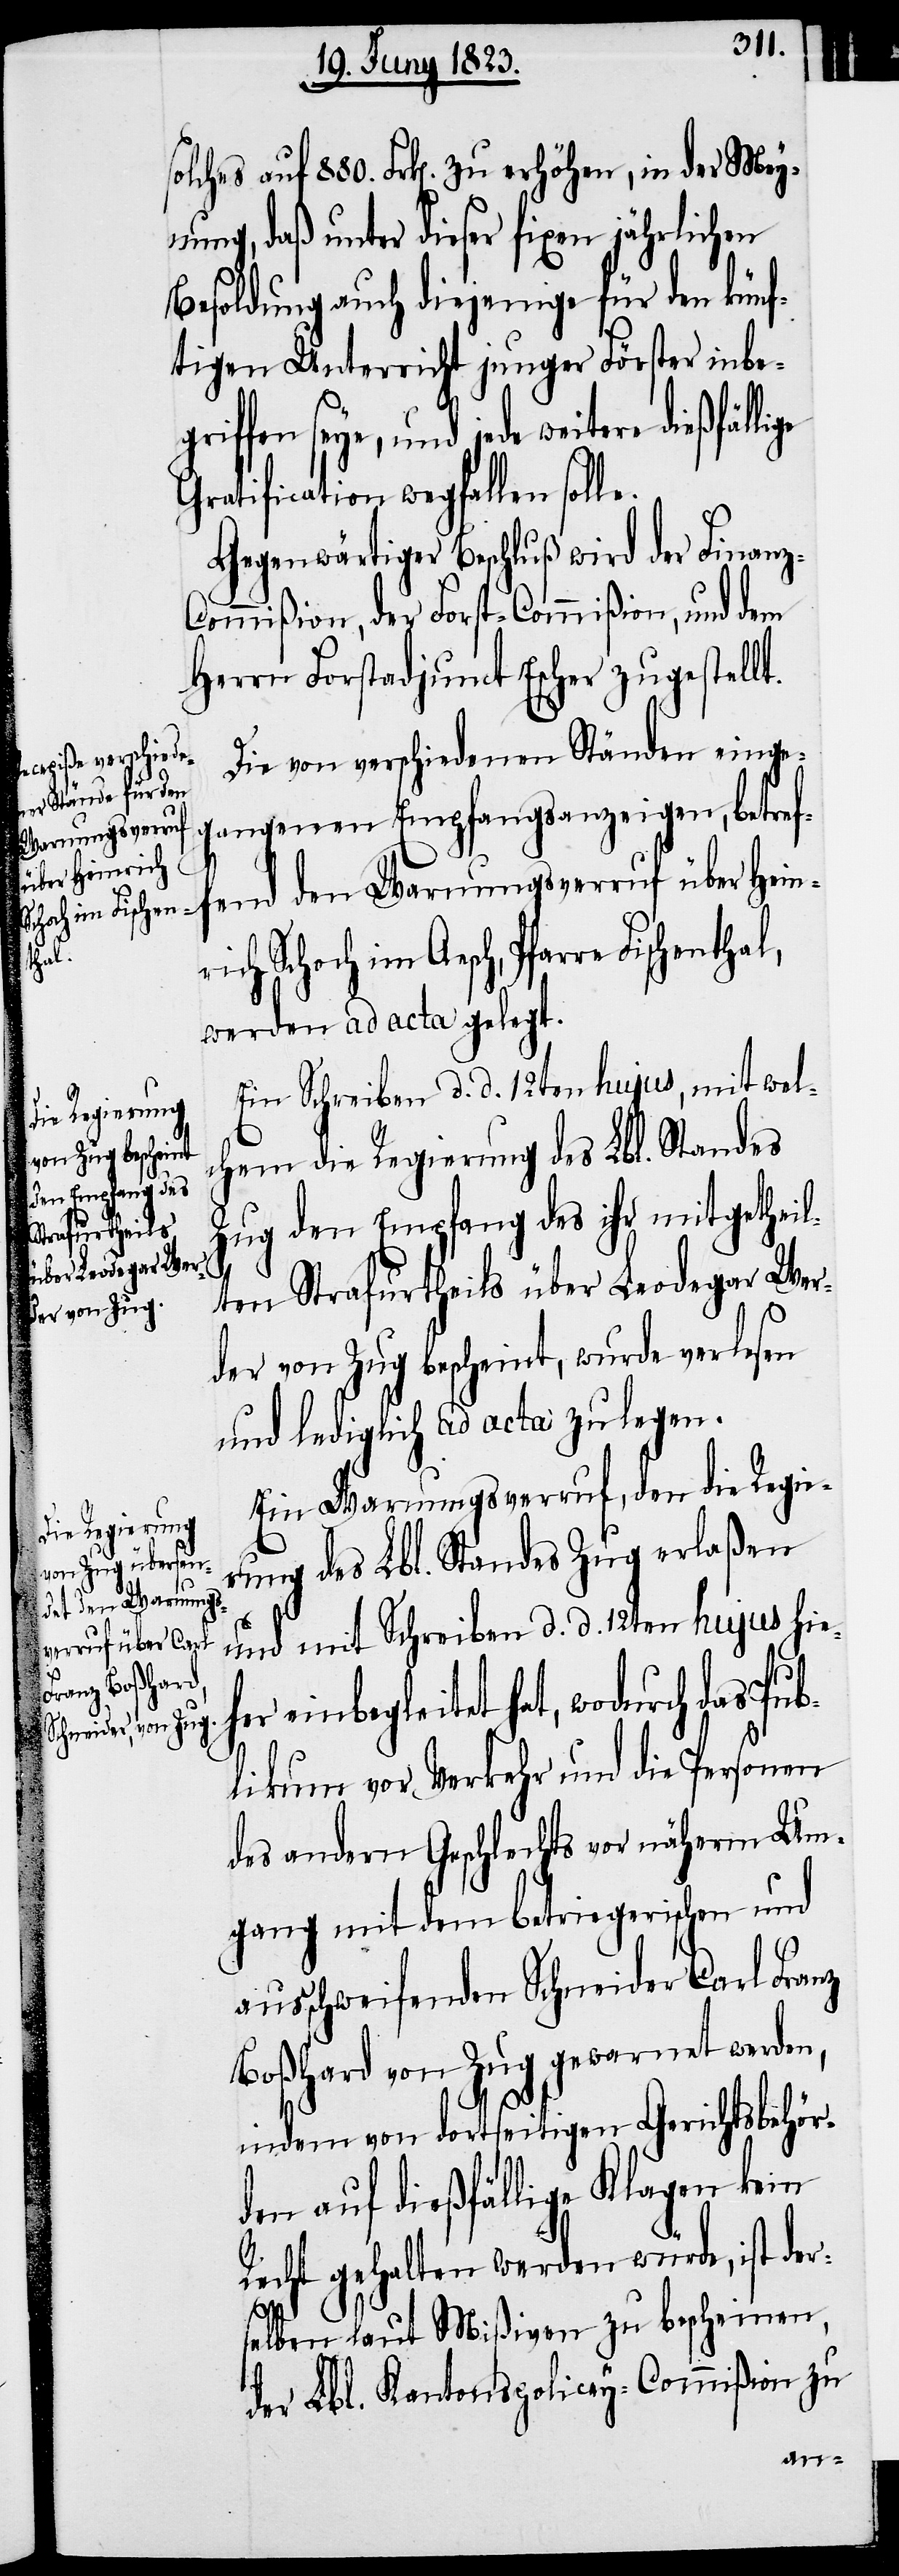
solches auf 880. Frk[en]. zu erhöhen, in der Mey¬
nung, daß unter dieser fixen jährlichen
Besoldung auch diejenige für den künf¬
tigen Unterricht junger Förster inbeg¬
riffen seye, und jede weitere
Gratification wegfallen solle.
Gegenwärtiger Beschluß wird der Finanz-C¬
ommißion, der Forst-Commißion, und dem
Herrn Forstadjunct Escher zugestellt.
Die von verschiedenen Ständen einge¬
gangenen Empfangsanzeigen, betref¬
Warnungsverruf
über Heinrich
her
werden ad acta gelegt.
Ein Schreiben d. d. 12ten hujus, mit wel¬
chem die Regierung des Lbl. Standes
Zug den Empfang des ihr mitgetheil¬
ten Strafurtheils über Leodegar Wer¬
der von Zug bescheint, wurde verlesen
[ist] lediglich ad acta zu legen.
Ein Warnungsverruf, den die Regie¬
rung des Lbl. Standes Zug erlaßen
und mit Schreiben d. d. 12ten hujus hie¬
einbegleitet hat, wodurch das Pu¬
Pfarre Fische¬
blikum vor Verkehr und die Personen
des andern Geschlechts vor näherm Um¬
gang mit dem betriegerischen und
ausschweifenden Schneider Carl Franz
Boßhard von Zug gewarnet werden,
indem von dortseitigen Gerichtsbehör¬
den auf dießfällige Klagen kein
Recht gehalten werden würde, ist der¬
selben laut Mißiven zu bescheinen,
der Lbl. Kantonspolicey-Commißion zu
fend